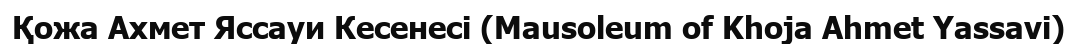
Қожа Ахмет Яссауи Кесенесі (Mausoleum of Khoja Ahmet Yassavi)